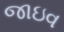
જાઇવ